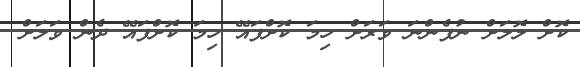
ކޮށް ލޮލަށް ނުފެންނަ ވަރަށް ހިމަ ކޮށްފައޭ ހިމަ ކޮށްފައޭ ދެން ވަލަށް